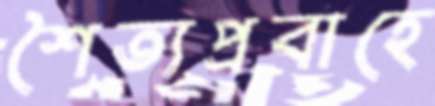
শৈত্যপ্রবাহে